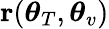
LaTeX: {\mathbf r}(\boldsymbol{\theta}_{T},\boldsymbol{\theta}_{v})